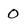
Character: O